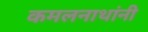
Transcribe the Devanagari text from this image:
कमलनाथांनी